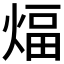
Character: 煏